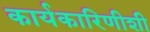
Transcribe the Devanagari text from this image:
कार्यकारिणीशी